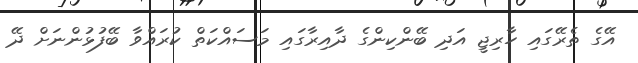
އޭގެ ތެރޭގައި ހާރިޖީ އަދި ބޭންކިންގެ ދާއިރާގައި މަސައްކަތް ކުރައްވާ ބޭފުޅުންނަށް ދޭ